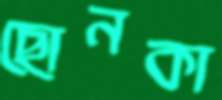
ছোনকা